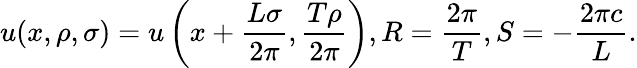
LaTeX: u(x,\rho,\sigma)=u\left(x+\frac{L\sigma}{2\pi},\frac{T\rho}{2\pi}\right),R=\frac{2\pi}{T},S=-\frac{2\pi c}{L}.